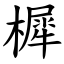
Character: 樨